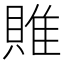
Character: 𨿎